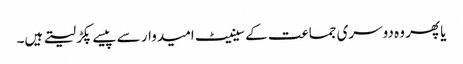
یا پھر وہ دوسری جماعت کے سینیٹ امیدوار سے پیسے پکڑ لیتے ہیں۔